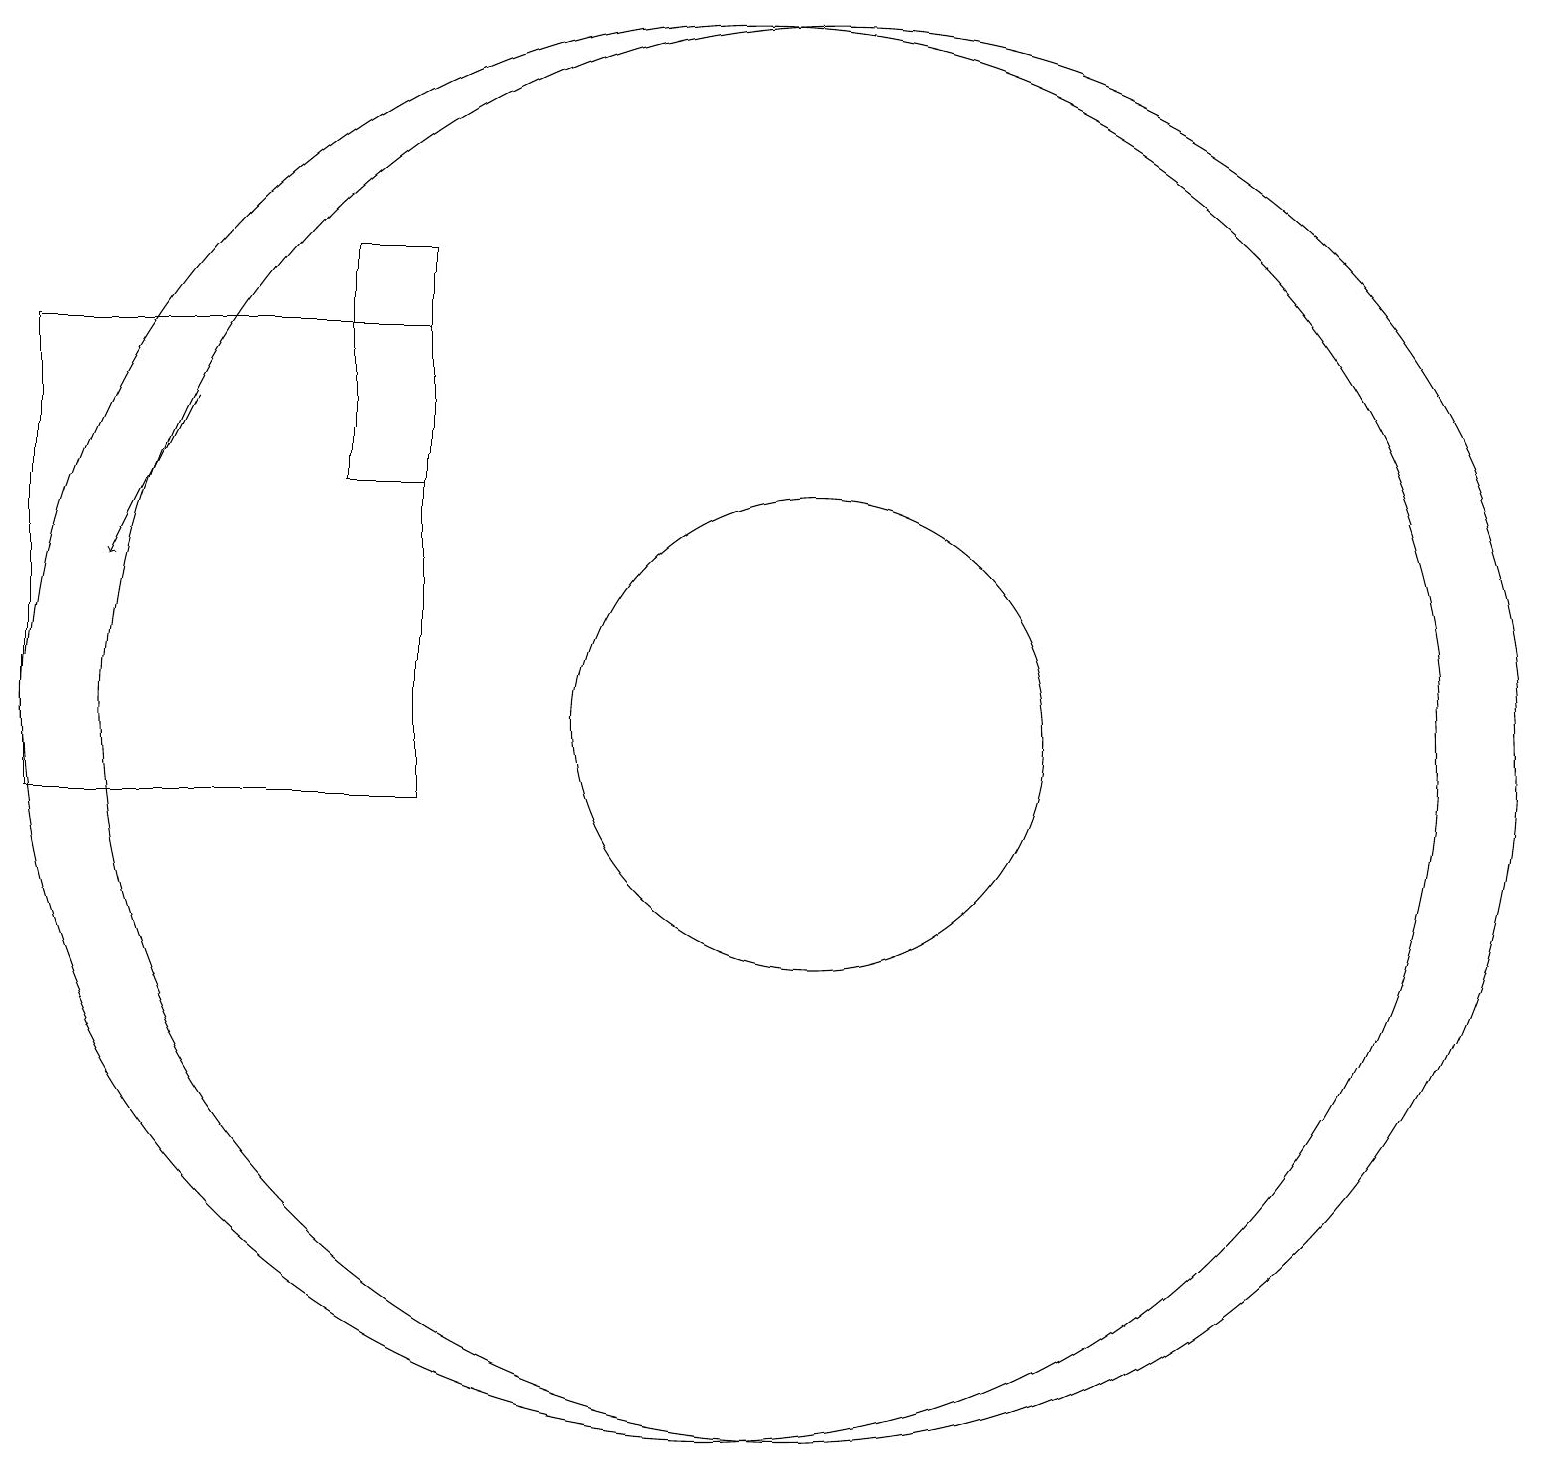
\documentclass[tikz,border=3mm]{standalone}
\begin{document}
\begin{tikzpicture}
\draw[->] (3,16) -- (2,14);
\draw (6,17) rectangle (1,11);
\draw (5,15) rectangle (6,18);
\draw (11,12) circle (9);
\draw (10,12) circle (9);
\draw (11,12) circle (3);
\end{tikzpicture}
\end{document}